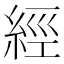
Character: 經